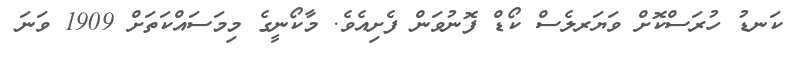
ކަނޑު ހުރަސްކޮށް ވަޔަރލެސް ކޯޑް ފޮނުވަން ފެށިއެވެ. މާކޯނީގެ މިމަސައްކަތަށް 1909 ވަނަ